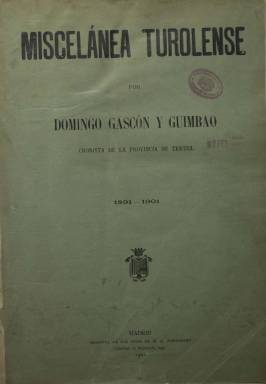
Título: Miscelánea turolense
Colección: Revistas de información general
Ámbito geográfico: Madrid
Lugar de publicación: Madrid
Fechas: 10/03/1891-15/01/1901

Dirigida por Domingo Gascón y Guimbao, cronista de la provincia de Teruel, esta publicación nacida en 1891 se propone según declara en su primer número “dar a conocer a aquellos hombres que por su talento, su esfuerzo personal o sus sacrificios tienen derecho al aprecio y reconocimiento de esta generación y de las futuras”.

   Tras señalar que Teruel “necesita más que otra región alguna de España el esfuerzo individual y colectivo de sus hijos para sacarla de la postración y del abatimiento en que se halla sumida”, informa que como su nombre de miscelánea  indica se ocupará de todo lo que pueda interesar a la provincia, dejando bien claro que “la política palpitante no tendrá cabida en estas columnas”. Uno de sus temas predilectos será abogar por la construcción del ferrocarril de Calatayud  a Valencia para comunicar la provincia.

  La revista, que se repartía gratuitamente, tenía una periodicidad irregular, un número al mes o cada dos meses, aunque al final el intervalo llegó a ser de un año o más, y contaba con una sección de Preguntas y Respuestas en la que podía colaborar quien quisiese con su firma o con pseudónimo. En su primer número  comenzó la publicación de una lista de turolenses ilustres por orden alfabético y en página aparte y con retrato dio amplio espacio a la biografía de Francisco Piquer, el padre Piquer, fundador del Monte de Piedad de Madrid.

  A medida que avanzaba la publicación era más frecuente ver en sus páginas grabados y fotografías. La portada de cada número, por ejemplo, solía incluir el retrato de algún prohombre de la provincia. La revista constaba de 20 páginas y la última normalmente estaba dedicada a anuncios y a una sección titulada Cantares populares.

   Otra sección de la publicación era la de bibliografía, tanto general como la estrictamente de la provincia. No podían faltar aquí las reseñas de las obras dedicadas a la leyenda de los amantes de Teruel,  que fue objeto de especial atención durante el siglo XIX, sobre todo durante el periodo romántico. En el número 19, de febrero de 1896, por ejemplo, se da amplio espacio a la Historia de los Amantes de Teruel escrita por Federico  Andrés con  dibujos de Salvador Gisbert. La revista reproduce alguno de los tétricos dibujos de los esqueletos de los amantes.

  El número 21, de marzo de 1897, también es reseñable dado que es la primera vez que se dedica la ilustración de portada a una mujer, Concepción Jimeno de Flaquer, autora de La mujer aragonesa, y se dedica espacio a algunas mujeres turolenses destacadas.

  En su último número, de enero de 1901, Domingo Gascón da por concluida la publicación al haber logrado, según dice con cierto optimismo, los objetivos que se proponía: dar a conocer los problemas de Teruel y lograr su desarrollo económico.  Habla de la constitución de una compañía para explotar las minas de carbón de Utrillas, así como otras que hay en marcha más dos líneas de ferrocarriles mineros.

    Gascón, que había iniciado también solo y sin ayuda, como dice, la publicación de un Boletín Minero y Comercial en diciembre de 1898, en el último número de la Miscelánea Turolense incluye un índice general de la revista desde su nacimiento diez años atrás, sin olvidarse de hacer una reseña biográfica de su padre, el cirujano José Gascón de Allué.

[Descripción publicada el 26/7/2018]